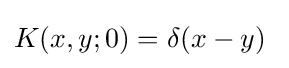
K(x,y;0)=\delta (x-y)~